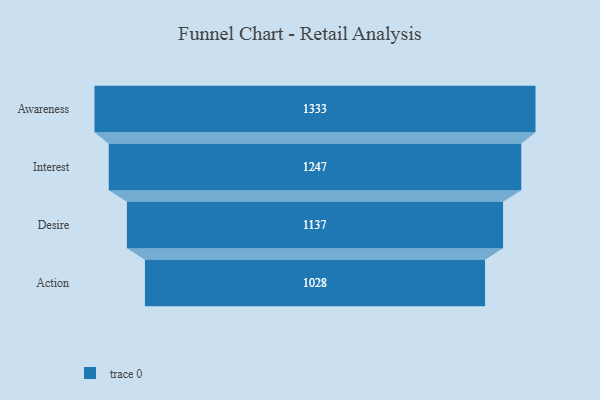
{"axis": {"x": "Stage", "y": "Value"}, "legend": [""], "data": [{"x": "Awareness", "y": 1333.0, "type": ""}, {"x": "Interest", "y": 1247.0, "type": ""}, {"x": "Desire", "y": 1137.0, "type": ""}, {"x": "Action", "y": 1028.0, "type": ""}]}